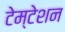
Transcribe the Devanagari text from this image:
टेम्टेशन